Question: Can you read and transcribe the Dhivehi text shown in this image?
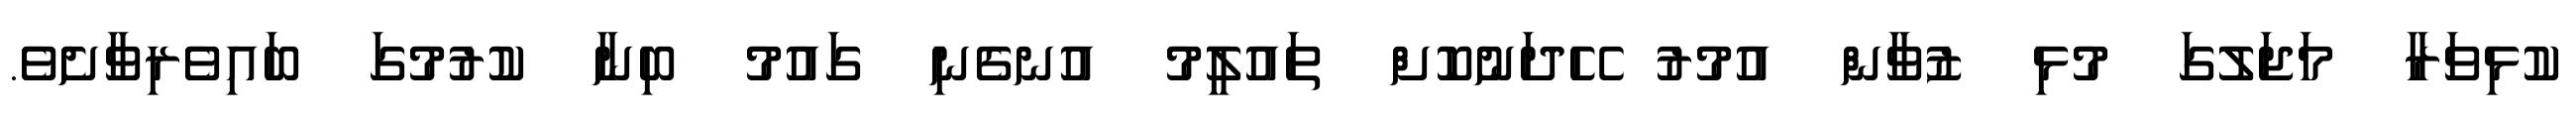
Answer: ކުޅިވަރާ މަޖަލުގަ މުޅި ޒުވާން އުމުރު ހޭދަނުކޮށް ތައުލީމު އުނގެނި ގައުމު ބިނާ ކުރުމުގަ ބައިވެރިވާށެވެ.